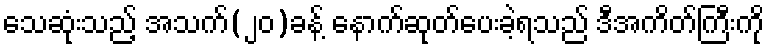
သေဆုံးသည့် အသက်(၂၀)ခန့် နောက်ဆုတ်ပေးခဲ့ရသည် ဒီအကိတ်ကြီးကို